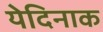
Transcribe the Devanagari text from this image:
येदिनाक